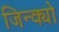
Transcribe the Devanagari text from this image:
जिन्क्यो